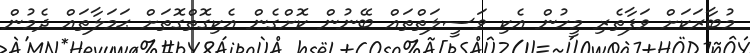
މުބާރަކަށް ވަފާތެރި މީހުން އެކި ވަސީލަތްތައް ބޭނުން ކޮށްގެން އެކިގޮތްގޮތަށް ޙަމަލާތައް ދެމުން